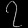
Digit: ၇